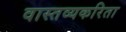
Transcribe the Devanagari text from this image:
वास्तव्यकरिता